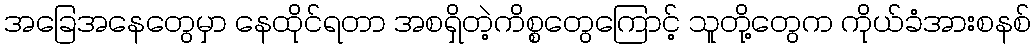
အခြေအနေတွေမှာ နေထိုင်ရတာ အစရှိတဲ့ကိစ္စတွေကြောင့် သူတို့တွေက ကိုယ်ခံအားစနစ်